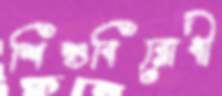
শিশুবিরোধী